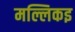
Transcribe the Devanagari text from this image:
मल्लिकइ